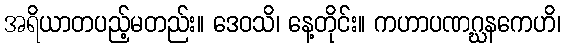
အရိယာတပည့်မတည်း။ ဒေဝသိ၊ နေ့တိုင်း။ ကဟာပဏဂ္ဃနကေဟိ၊